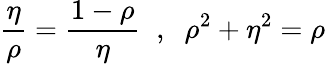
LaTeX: \frac{\eta}{\rho}=\frac{1-\rho}{\eta}\; \; ,\; \; \rho^{2}+\eta^{2}=\rho